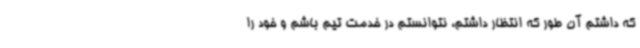
که داشتم آن طور که انتظار داشتم، نتوانستم در خدمت تیم باشم و خود را